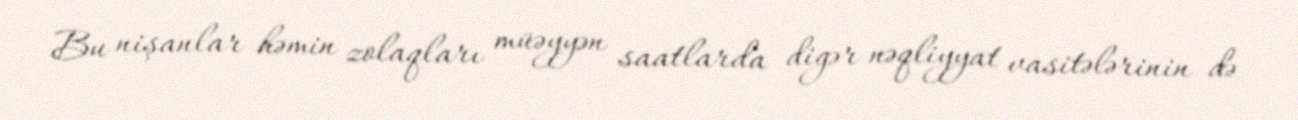
Bu nişanlar həmin zolaqları müəyyən saatlarda digər nəqliyyat vasitələrinin də